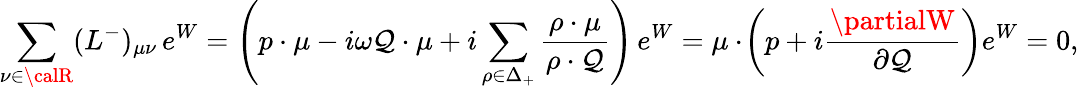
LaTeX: \sum_{\nu\in{\calR}}(L^{-})_{\mu\nu}\, e^{W}=\left(p\cdot\mu-i\omega\mathcal{Q}\cdot\mu+i\sum_{\rho\in\Delta_{+}}{\frac{{\rho\cdot\mu}}{{\rho\cdot\mathcal{Q}}}}\right)\, e^{W}=\mu\cdot\! \left(p+i{\frac{{\partialW}}{{\partial\mathcal{Q}}}}\right)e^{W}=0,